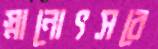
স্নানোৎসবে